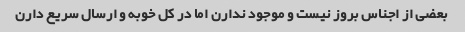
بعضی از اجناس بروز نیست و موجود ندارن اما در کل خوبه و ارسال سریع دارن